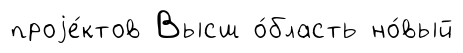
проjе́ктов Высш о́бласть но́вый